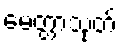
မေတ္တာသုတ်